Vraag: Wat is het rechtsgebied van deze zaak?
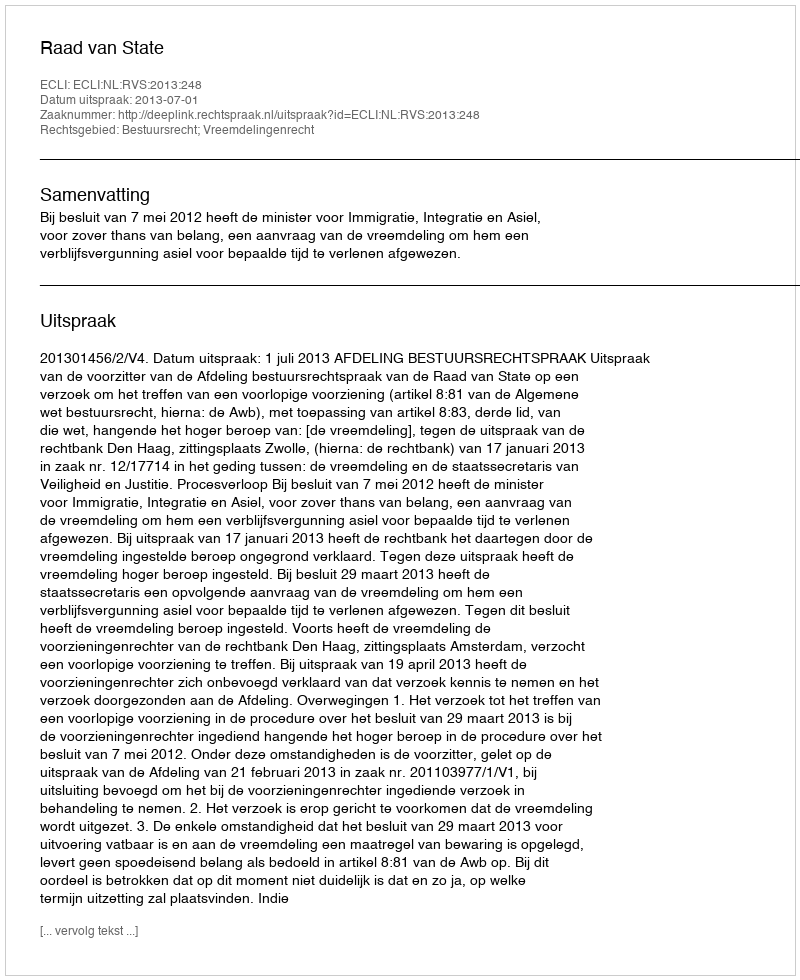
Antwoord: Bestuursrecht; Vreemdelingenrecht